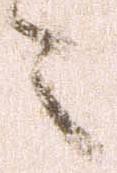
々